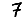
Digit: 7